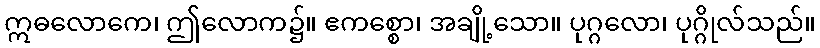
ဣဓလောကေ၊ ဤလောက၌။ ဧကစ္စော၊ အချို့သော။ ပုဂ္ဂလော၊ ပုဂ္ဂိုလ်သည်။